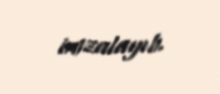
imzalayıb.